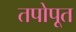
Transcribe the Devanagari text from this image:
तपोपूत